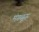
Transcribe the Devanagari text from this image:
मंगळूरु